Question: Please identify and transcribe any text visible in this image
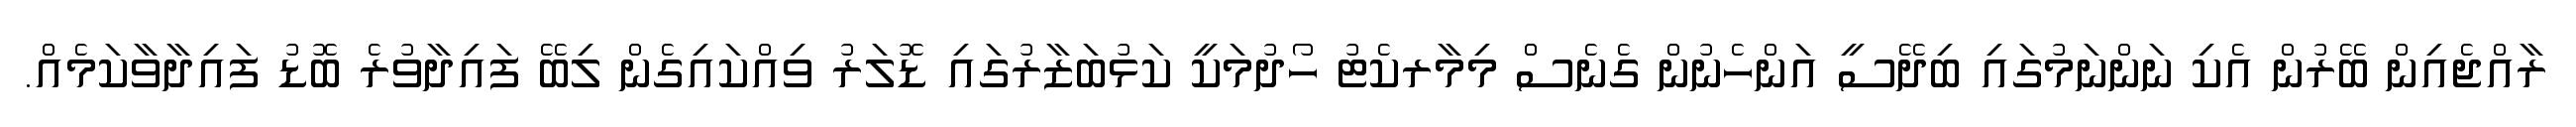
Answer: ރާއްޖެއިން ބޭރުން އެކި ނަންނަމުގައި ބިދޭސީ އަންހެނުން ގެނެސް މިމާރކެޓު ހޯދުމަކީ ކަޅުބަޒާރުގައި ޑޮލަރު ވިއްކައިގެން ލިބޭ ފައިދާވުރެ ބޮޑު ފައިދާވާކަމެއް.